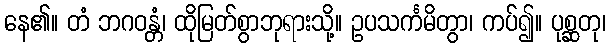
နေ၏။ တံ ဘဂဝန္တံ၊ ထိုမြတ်စွာဘုရားသို့။ ဥပသင်္ကမိတွာ၊ ကပ်၍။ ပုစ္ဆတု၊